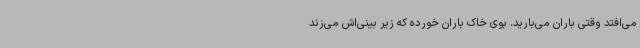
می‌افتد وقتی باران می‌بارید. بوی خاک باران خورده که زیر بینی‌اش می‌زند